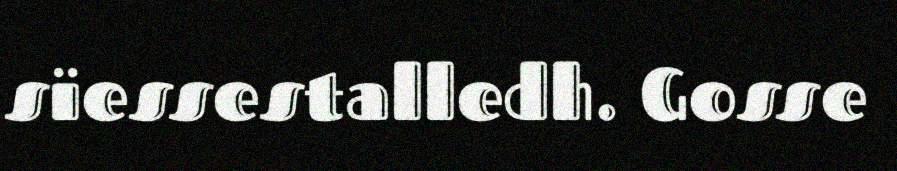
sïessestalledh. Gosse